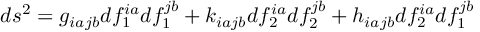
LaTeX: d s ^ { 2 } = g _ { i a j b } d f _ { 1 } ^ { i a } d f _ { 1 } ^ { j b } + k _ { i a j b } d f _ { 2 } ^ { i a } d f _ { 2 } ^ { j b } + h _ { i a j b } d f _ { 2 } ^ { i a } d f _ { 1 } ^ { j b }